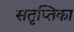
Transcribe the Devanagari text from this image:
संतृप्तिका